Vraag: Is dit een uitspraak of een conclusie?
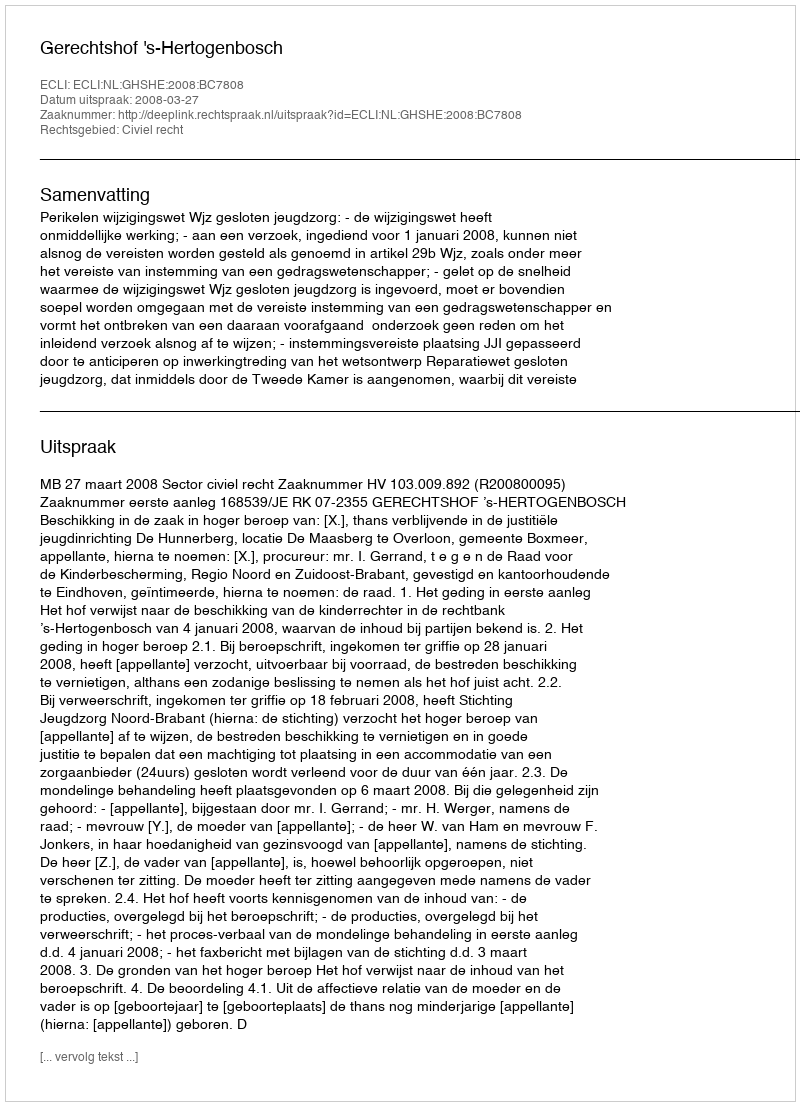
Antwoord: Uitspraak